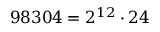
9 8 3 0 4 = 2 ^ { 1 2 } \cdot 2 4